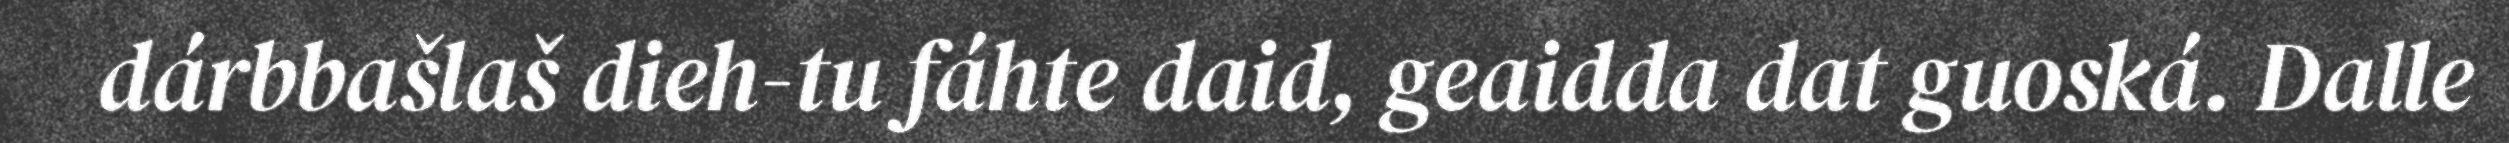
dárbbašlaš dieh-tu fáhte daid, geaidda dat guoská. Dalle